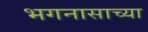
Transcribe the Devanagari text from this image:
भगनासाच्या